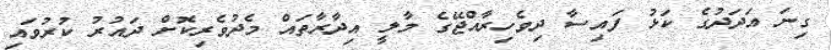
ގިނަ އަދަދުގެ ކަޅު ފައިސާ ދިވެހިރާއްޖޭގެ މާލީ އިދާރާތައް މެދުވެރިކޮށް ދައުރު ކުރުވައި